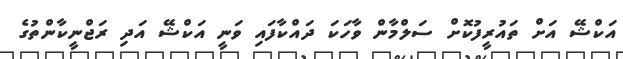
އަކްޝޭ އަށް ތައުރީފުކޮށް ސަލްމާން ވާހަކަ ދައްކާފައި ވަނީ އަކްޝޭ އަދި ރަޖްނީކާންތުގެ